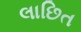
લાછિત